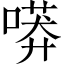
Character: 𠻵